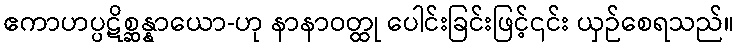
ဧကာဟပ္ပဋိစ္ဆန္နာယော-ဟု နာနာဝတ္ထု ပေါင်းခြင်းဖြင့်၎င်း ယှဉ်စေရသည်။